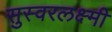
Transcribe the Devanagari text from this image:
सुस्वरलक्ष्मी